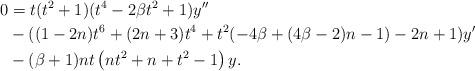
LaTeX: \begin{align*}0 &= t(t^2+1)(t^4-2\beta t^2+1)y'' \\ &- ((1-2 n) t^6+(2 n+3) t^4+t^2 (-4 \beta +(4 \beta -2) n-1)-2 n+1)y' \\ &-(\beta +1) n t \left(n t^2+n+t^2-1\right)y. \end{align*}